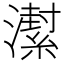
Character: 𱩱